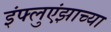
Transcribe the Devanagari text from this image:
इंफ्लुएंझाच्या